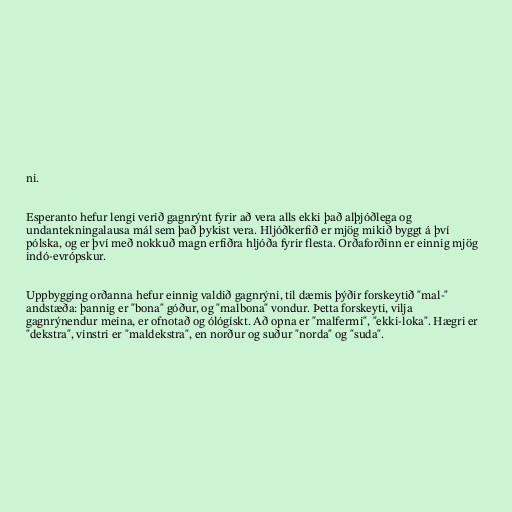
ni.

Esperanto hefur lengi verið gagnrýnt fyrir að vera alls ekki það alþjóðlega og
undantekningalausa mál sem það þykist vera. Hljóðkerfið er mjög mikið byggt á því
pólska, og er því með nokkuð magn erfiðra hljóða fyrir flesta. Orðaforðinn er einnig mjög
indó-evrópskur.

Uppbygging orðanna hefur einnig valdið gagnrýni, til dæmis þýðir forskeytið "mal-"
andstæða: þannig er "bona" góður, og "malbona" vondur. Þetta forskeyti, vilja
gagnrýnendur meina, er ofnotað og ólógískt. Að opna er "malfermi", "ekki-loka". Hægri er
"dekstra", vinstri er "maldekstra", en norður og suður "norda" og "suda".